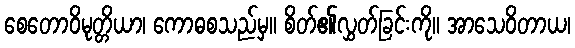
စေတောဝိမုတ္တိယာ၊ ကောဓစသည်မှ။ စိတ်၏လွှတ်ခြင်းကို။ အာသေဝိတာယ၊